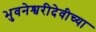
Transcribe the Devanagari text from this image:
भुवनेश्वरीदेवीच्या